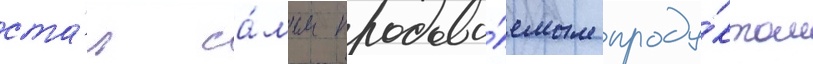
ста́л са́мым продава́емым проду́ктом